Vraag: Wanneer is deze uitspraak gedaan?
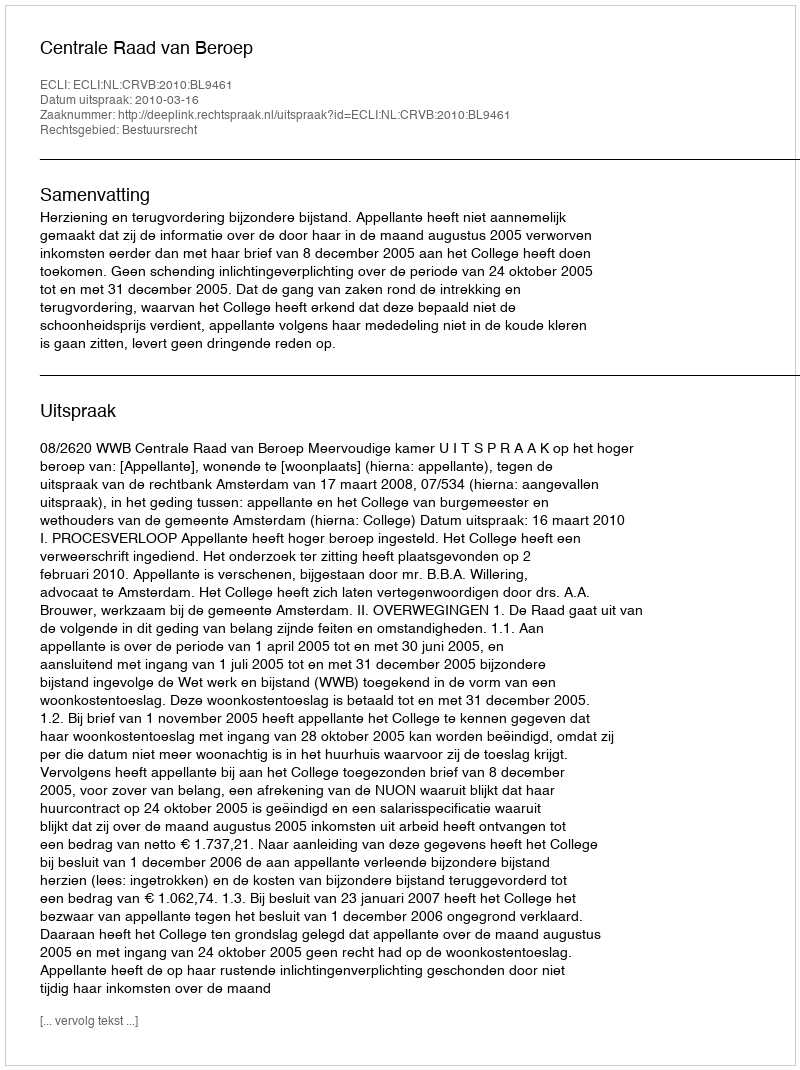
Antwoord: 2010-03-16